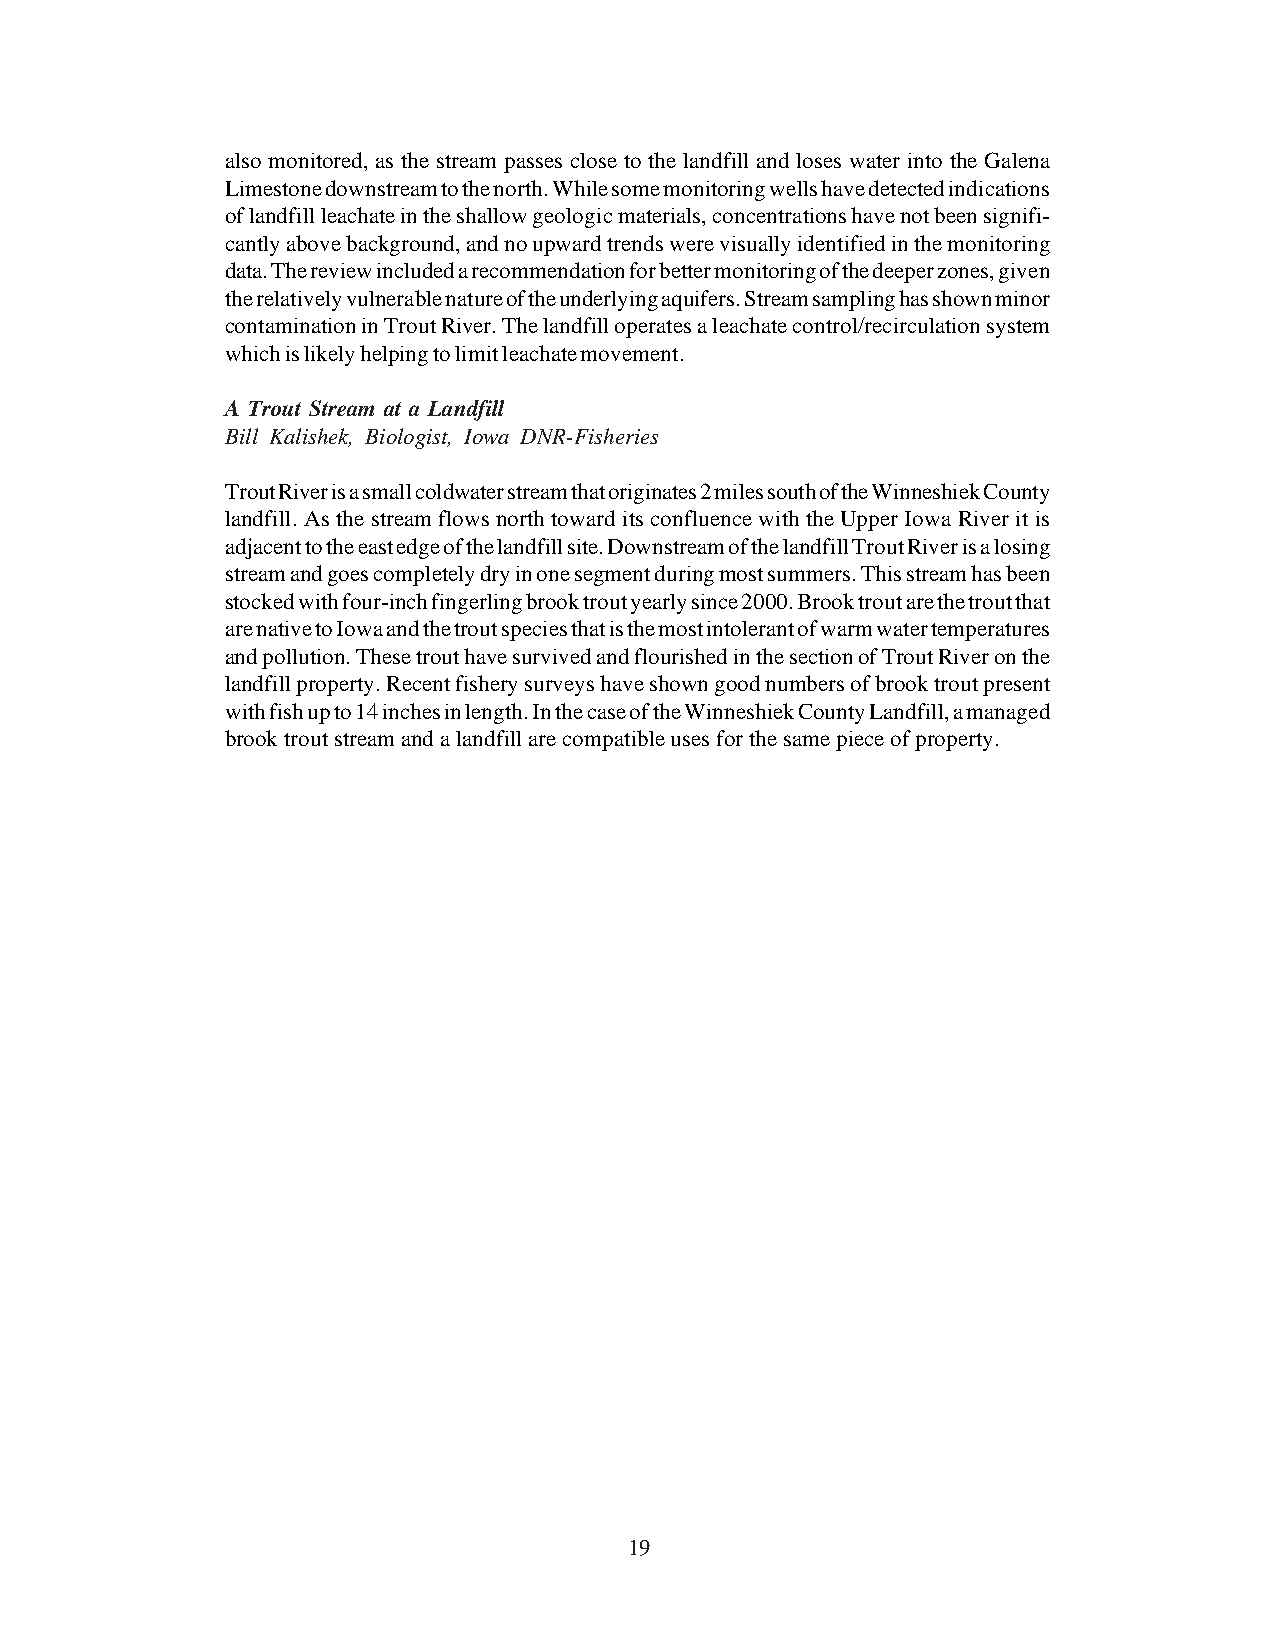
also monitored, as the stream passes close to the landfill and loses water into the Galena
 Limestone downstream to the north. While some monitoring wells have detected indications
 of landfill leachate in the shallow geologic materials, concentrations have not been signifi-
 cantly above background, and no upward trends were visually identified in the monitoring
 data. The review included a recommendation for better monitoring of the deeper zones, given
 the relatively vulnerable nature of the underlying aquifers. Stream sampling has shown minor
 contamination in Trout River. The landfill operates a leachate control/recirculation system
 which is likely helping to limit leachate movement.
 A Trout Stream at a Landfill
 Bill Kalishek, Biologist, Iowa DNR-Fisheries
 Trout River is a small coldwater stream that originates 2 miles south of the Winneshiek County
 landfill. As the stream flows north toward its confluence with the Upper Iowa River it is
 adjacent to the east edge of the landfill site. Downstream of the landfill Trout River is a losing
 stream and goes completely dry in one segment during most summers. This stream has been
 stocked with four-inch fingerling brook trout yearly since 2000. Brook trout are the trout that
 are native to Iowa and the trout species that is the most intolerant of warm water temperatures
 and pollution. These trout have survived and flourished in the section of Trout River on the
 landfill property. Recent fishery surveys have shown good numbers of brook trout present
 with fish up to 14 inches in length. In the case of the Winneshiek County Landfill, a managed
 brook trout stream and a landfill are compatible uses for the same piece of property.
 19